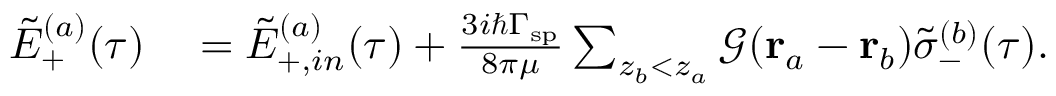
\begin{array} { r l } { \tilde { E } _ { + } ^ { ( a ) } ( \tau ) } & { { } = \tilde { E } _ { + , i n } ^ { ( a ) } ( \tau ) + \frac { 3 i \hbar \Gamma _ { \mathrm { s p } } } { 8 \pi \mu } \sum _ { z _ { b } < z _ { a } } \mathcal { G } ( \mathbf { r } _ { a } - \mathbf { r } _ { b } ) \tilde { \sigma } _ { - } ^ { ( b ) } ( \tau ) . } \end{array}